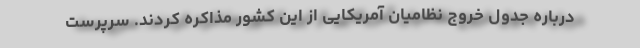
درباره جدول خروج نظامیان آمریکایی از این کشور مذاکره کردند. سرپرست